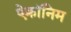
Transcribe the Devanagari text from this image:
ऐक्रॉनिम